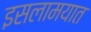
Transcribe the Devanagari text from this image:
इसलामयात